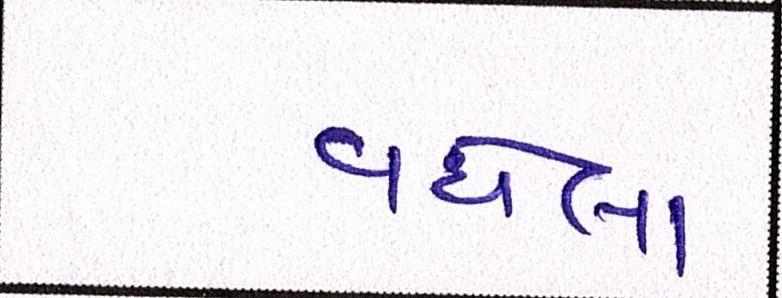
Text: વધેલા